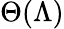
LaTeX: \Theta(\Lambda)